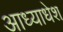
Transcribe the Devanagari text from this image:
आध्याधेश